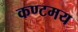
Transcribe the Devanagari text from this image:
कण्टमय